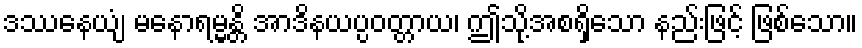
ဒဿနေယျံ မနောရမ္မန္တိ အာဒိနယပ္ပဝတ္တာယ၊ ဤသို့အစရှိသော နည်းဖြင့် ဖြစ်သော။